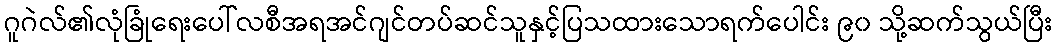
ဂူဂဲလ်၏လုံခြုံရေးပေါ်လစီအရအင်ဂျင်တပ်ဆင်သူနှင့်ပြသထားသောရက်ပေါင်း ၉၀ သို့ဆက်သွယ်ပြီး